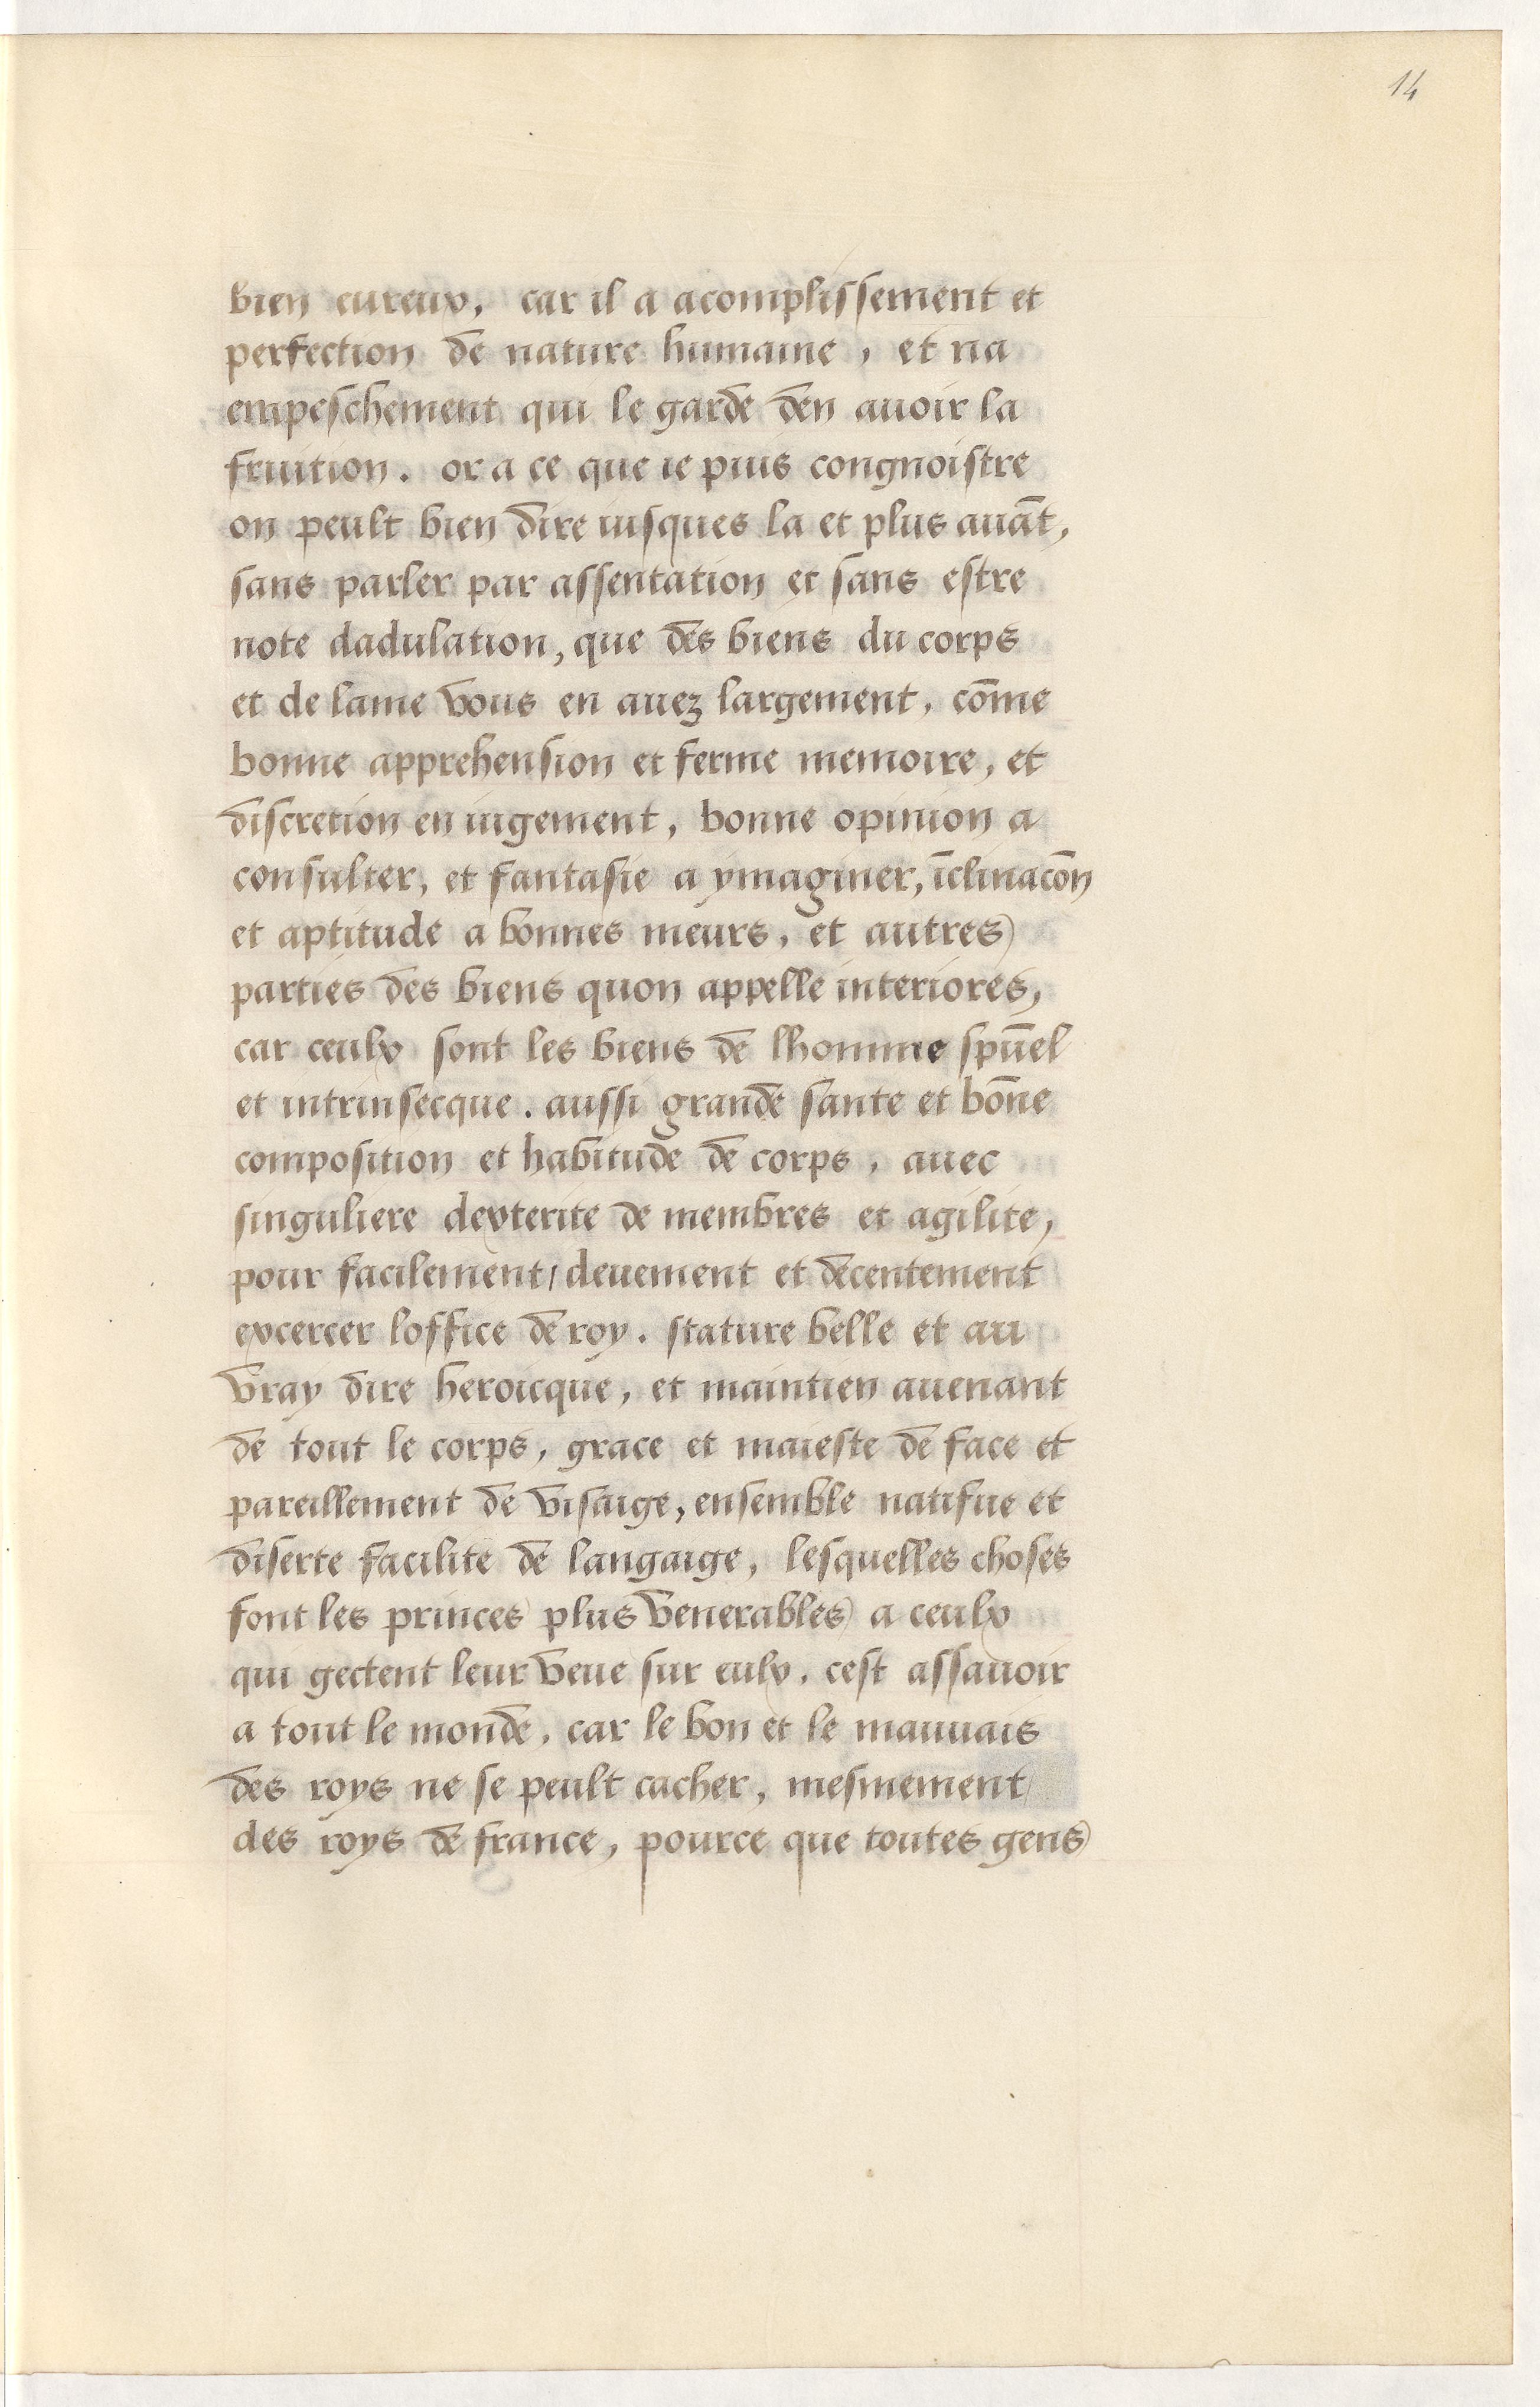
Shelfmark: Paris, BnF, Arsenal, 5103
Century: 15